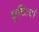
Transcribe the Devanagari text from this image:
छुटिट्यो